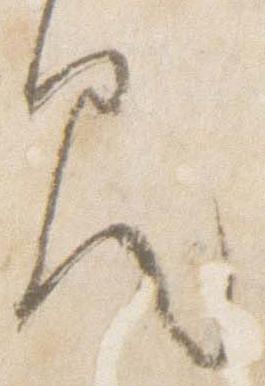
見